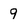
Character: 9